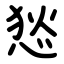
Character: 悐